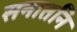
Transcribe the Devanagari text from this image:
सनातनि